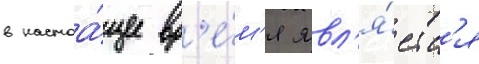
в настоа́щее вр'е́м'я явл'я́етс'я